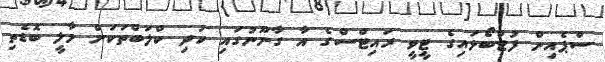
ސްޕެއިން ފުޓްބޯޅައިގެ ޓީވީ ރައިޓްސްގެ އާ ގާނޫނުގައި ކުދި ކްލަބްތަކަށް މާލީ ބޮޑެތި